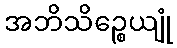
အဘိသိဉ္စေယျုံ